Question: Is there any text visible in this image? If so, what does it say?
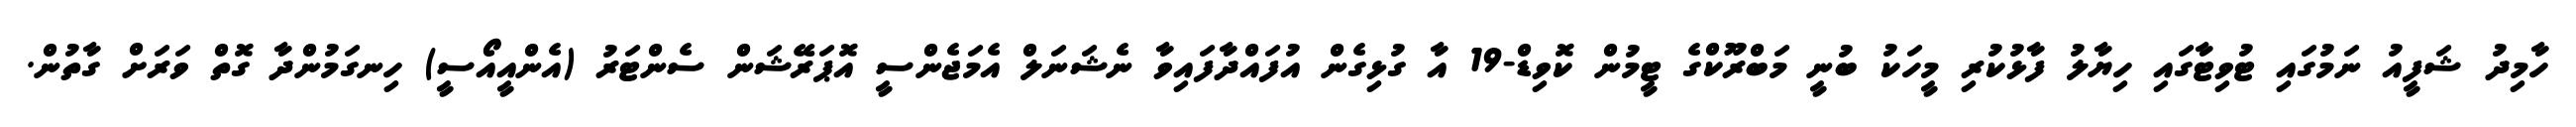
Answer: ހާމިދު ޝަފީއު ނަމުގައި ޓުވިޓާގައި ހިޔާލު ފާޅުކުރި މީހަކު ބުނީ މަބްރޫކްގެ ޓީމުން ކޮވިޑް-19 އާ ގުޅިގެން އުފައްދާފައިވާ ނެޝަނަލް އެމަޖެންސީ އޮޕަރޭޝަން ސެންޓަރު (އެންއީއޯސީ) ހިނގަމުންދާ ގޮތް ވަރަށް ގާތުން.